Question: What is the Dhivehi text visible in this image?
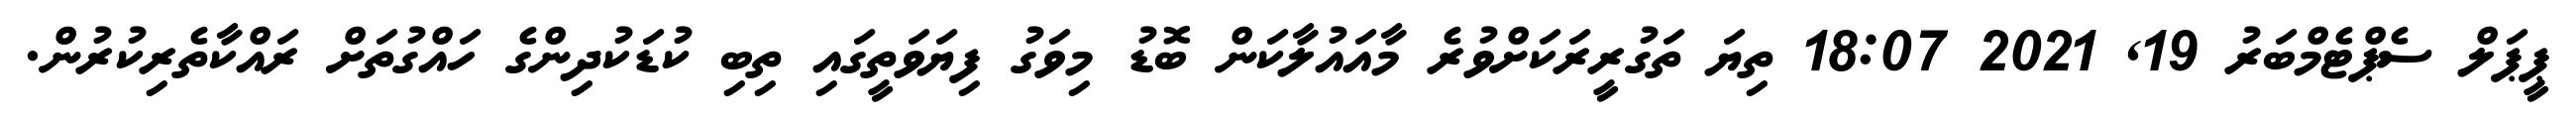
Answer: ޕީޕަލް ސެޕްޓެމްބަރު 19, 2021 18:07 ތިޔަ ތަގުރީރަކަށްވުރެ މާއައުލާކަން ބޮޑު މިވަގު ފިޔަވަތީގައި ތިބި ކުޑަކުދިންގެ ހައްގުތަށް ރައްކާތެރިކުރުން.